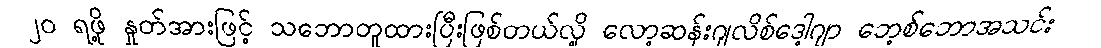
၂၀ ရဖို့ နှုတ်အားဖြင့် သဘောတူထားပြီးဖြစ်တယ်လို့ လော့ဆန်းဂျလိစ်ဒေါ့ဂျာ ဘေ့စ်ဘောအသင်း